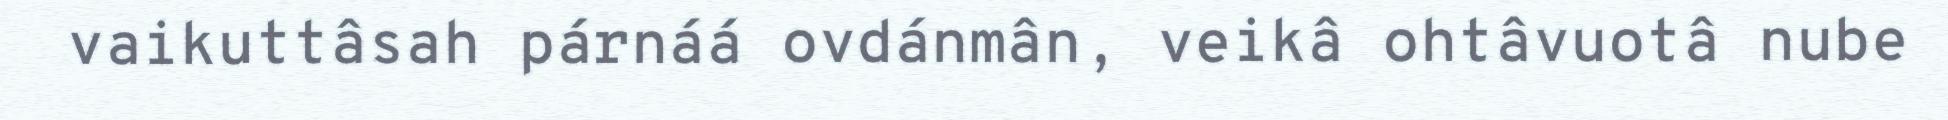
vaikuttâsah párnáá ovdánmân, veikâ ohtâvuotâ nube